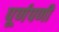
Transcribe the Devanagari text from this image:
पूर्णपणी